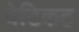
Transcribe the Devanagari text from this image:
बेटिकट